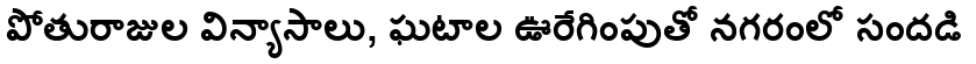
పోతురాజుల విన్యాసాలు, ఘటాల ఊరేగింపుతో నగరంలో సందడి